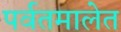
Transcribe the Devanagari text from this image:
पर्वतमालेत